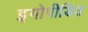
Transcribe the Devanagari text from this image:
इगोपीडित